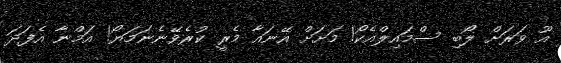
އޫ ވަރަށް ލޯބި ސްމައިލްއެކޯ! މަށަށް އޭނައާ މެރީ ކުރެވޭނެނަމަޔޯ! އަމްނާ އެފަދަ